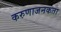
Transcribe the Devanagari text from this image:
करुणाजनकता